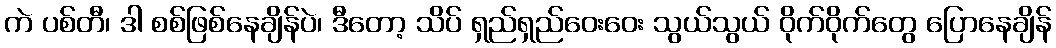
ကဲ ပစ်တီ၊ ဒါ စစ်ဖြစ်နေချိန်ပဲ၊ ဒီတော့ သိပ် ရှည်ရှည်ဝေးဝေး သွယ်သွယ် ဝိုက်ဝိုက်တွေ ပြောနေချိန်